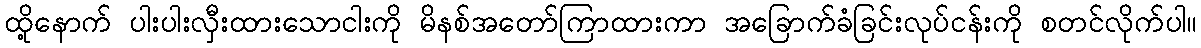
ထို့နောက် ပါးပါးလှီးထားသောငါးကို မိနစ်အတော်ကြာထားကာ အခြောက်ခံခြင်းလုပ်ငန်းကို စတင်လိုက်ပါ။